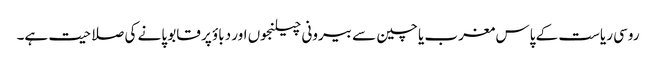
روسی ریاست کے پاس مغرب یا چین سے بیرونی چیلنجوں اور دباؤ پر قابو پانے کی صلاحیت ہے۔